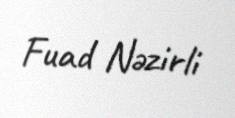
Fuad Nəzirli